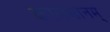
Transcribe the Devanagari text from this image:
कालमानम्